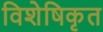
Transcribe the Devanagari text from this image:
विशेषिकृत